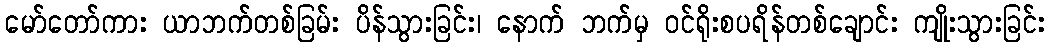
မော်တော်ကား ယာဘက်တစ်ခြမ်း ပိန်သွားခြင်း၊ နောက် ဘက်မှ ဝင်ရိုးစပရိန်တစ်ချောင်း ကျိုးသွားခြင်း